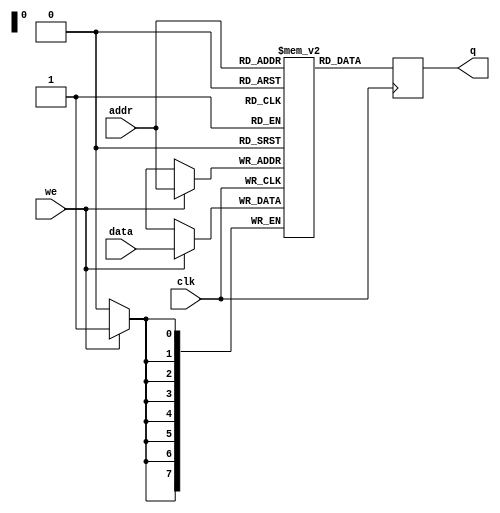
module sp_ram #(parameter DATA_WIDTH=8,
		parameter ADDR_WIDTH=8)
   (input [(DATA_WIDTH-1):0]	   data,
    input [(ADDR_WIDTH-1):0] 	 addr,
    input 			 we, clk,
    output reg [(DATA_WIDTH-1):0] q);
   
   reg [DATA_WIDTH-1:0] 	  ram [2**ADDR_WIDTH-1:0];

   always @ (posedge clk)
     begin
	q <= ram[addr];
	if (we)
	  ram[addr] <= data;
     end
endmodule